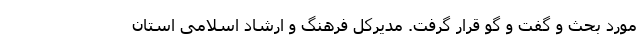
مورد بحث و گفت و گو قرار گرفت. مدیرکل فرهنگ و ارشاد اسلامی استان